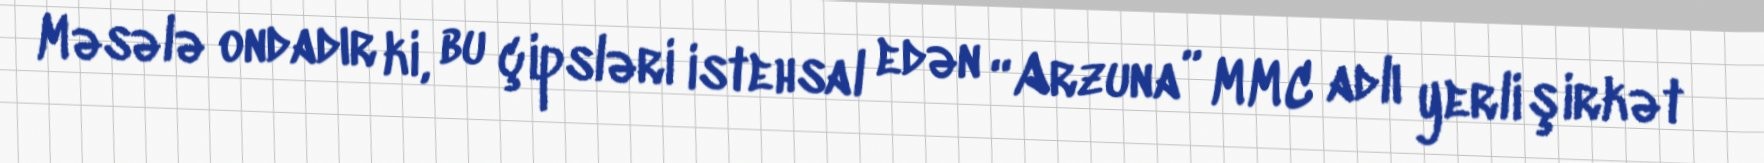
Məsələ ondadır ki, bu çipsləri istehsal edən “Arzuna” MMC adlı yerli şirkət